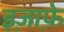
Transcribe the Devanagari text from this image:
इज़ाफ़े